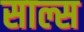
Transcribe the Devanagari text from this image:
साल्स